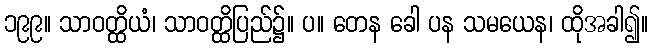
၁၉၉။ သာဝတ္ထိယံ၊ သာဝတ္ထိပြည်၌။ ပ။ တေန ခေါ ပန သမယေန၊ ထိုအခါ၍။